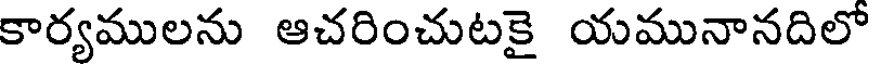
కార్యములను ఆచరించుటకై యమునానదిలో